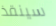
سينقذ